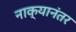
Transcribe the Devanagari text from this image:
नाक्यानंतर